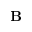
\mathbf { B }